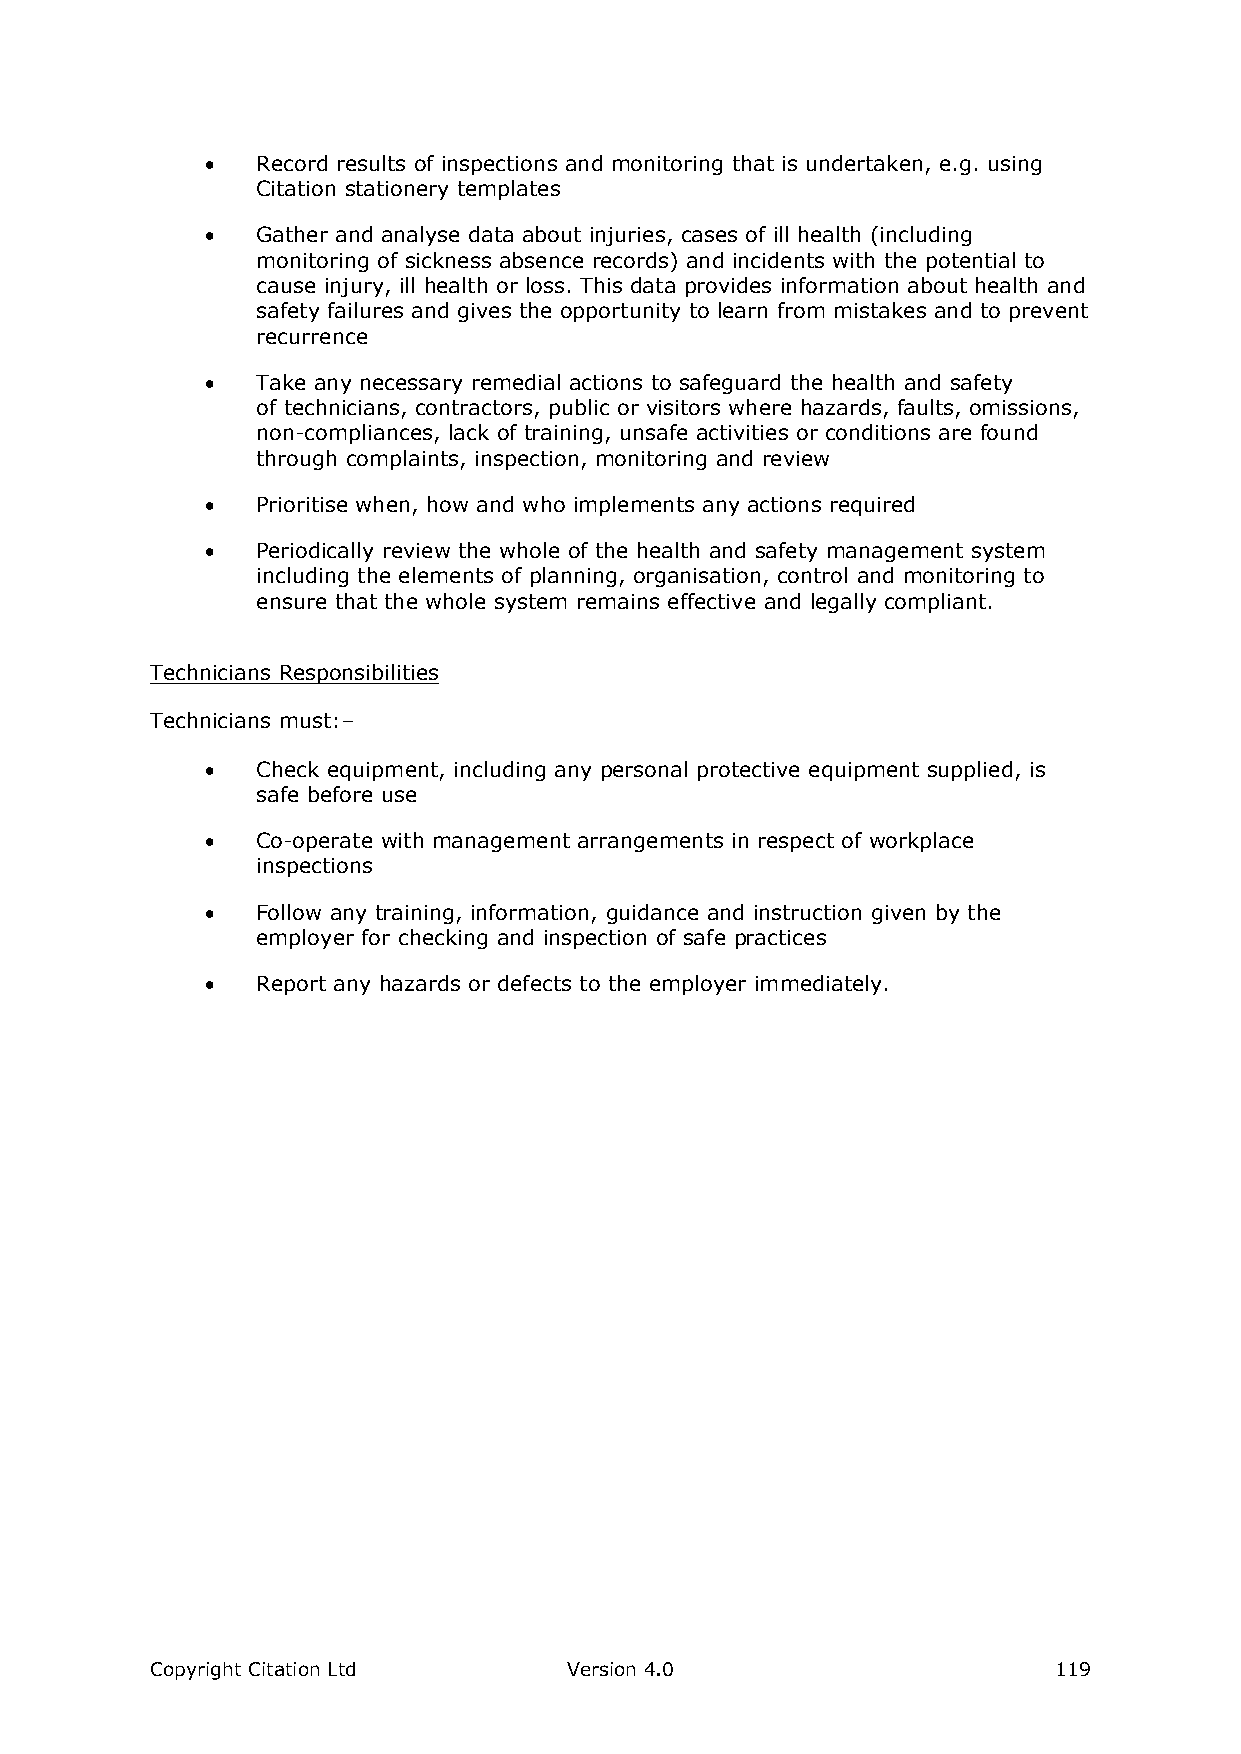
  Record results of inspections and monitoring that is undertaken, e.g. using
 Citation stationery templates
   Gather and analyse data about injuries, cases of ill health (including
 monitoring of sickness absence records) and incidents with the potential to
 cause injury, ill health or loss. This data provides information about health and
 safety failures and gives the opportunity to learn from mistakes and to prevent
 recurrence
   Take any necessary remedial actions to safeguard the health and safety
 of technicians, contractors, public or visitors where hazards, faults, omissions,
 non-compliances, lack of training, unsafe activities or conditions are found
 through complaints, inspection, monitoring and review
   Prioritise when, how and who implements any actions required
   Periodically review the whole of the health and safety management system
 including the elements of planning, organisation, control and monitoring to
 ensure that the whole system remains effective and legally compliant.
 Technicians Responsibilities
 Technicians must:–
   Check equipment, including any personal protective equipment supplied, is
 safe before use
   Co-operate with management arrangements in respect of workplace
 inspections
   Follow any training, information, guidance and instruction given by the
 employer for checking and inspection of safe practices
   Report any hazards or defects to the employer immediately.
 Copyright Citation Ltd      Version 4.0                     119